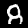
Digit: 8